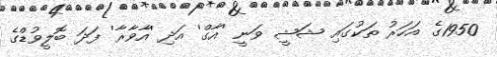
1950ގެ އަހަރު ތަކުގައި ޝަޝީ ވަނީ 'އާގް' އަދި 'އާވާރާ' ފަދަ ބޮލީވުޑްގެ